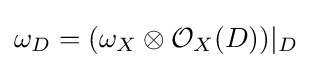
\omega _{D}=(\omega _{X}\otimes {\mathcal {O}}_{X}(D))|_{D}